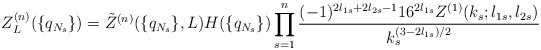
\begin{align*}Z_L^{(n)}(\{q_{N_s}\})=\tilde Z^{(n)}(\{q_{N_s}\},L)H(\{q_{N_s}\}) \prod_{s=1}^n\frac{(-1)^{2l_{1s}+2l_{2s}-1}16^{2l_{1s}}Z^{(1)}(k_s;l_{1s},l_{2s})}{k_s^{(3-2l_{1s})/2}}\end{align*}